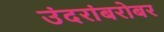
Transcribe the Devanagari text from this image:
उंदरांबरोबर